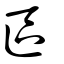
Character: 區